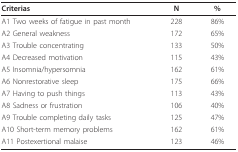
<table><thead><tr><td><b>Criterias</b></td><td><b>N</b></td><td><b>%</b></td></tr></thead><tbody><tr><td>A1 Two weeks of fatigue in past month</td><td>228</td><td>86%</td></tr><tr><td>A2 General weakness</td><td>172</td><td>65%</td></tr><tr><td>A3 Trouble concentrating</td><td>133</td><td>50%</td></tr><tr><td>A4 Decreased motivation</td><td>115</td><td>43%</td></tr><tr><td>A5 Insomnia/hypersomnia</td><td>162</td><td>61%</td></tr><tr><td>A6 Nonrestorative sleep</td><td>175</td><td>66%</td></tr><tr><td>A7 Having to push things</td><td>113</td><td>43%</td></tr><tr><td>A8 Sadness or frustration</td><td>106</td><td>40%</td></tr><tr><td>A9 Trouble completing daily tasks</td><td>125</td><td>47%</td></tr><tr><td>A10 Short-term memory problems</td><td>162</td><td>61%</td></tr><tr><td>A11 Postexertional malaise</td><td>123</td><td>46%</td></tr></tbody></table>